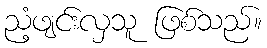
ညံ့ဖျင်းလှသူ ဖြစ်သည်။